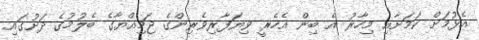
އެޅުމަށް ކަމަށާއި މިހާރު އެ ބިން އެހެރީ ވިޔަފާރިވެރިންގެ ޖަމިއްޔާގެ ބެލުމުގެ ދަށުގައި